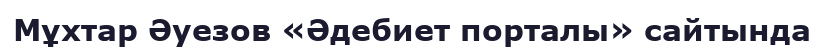
Мұхтар Әуезов «Әдебиет порталы» сайтында